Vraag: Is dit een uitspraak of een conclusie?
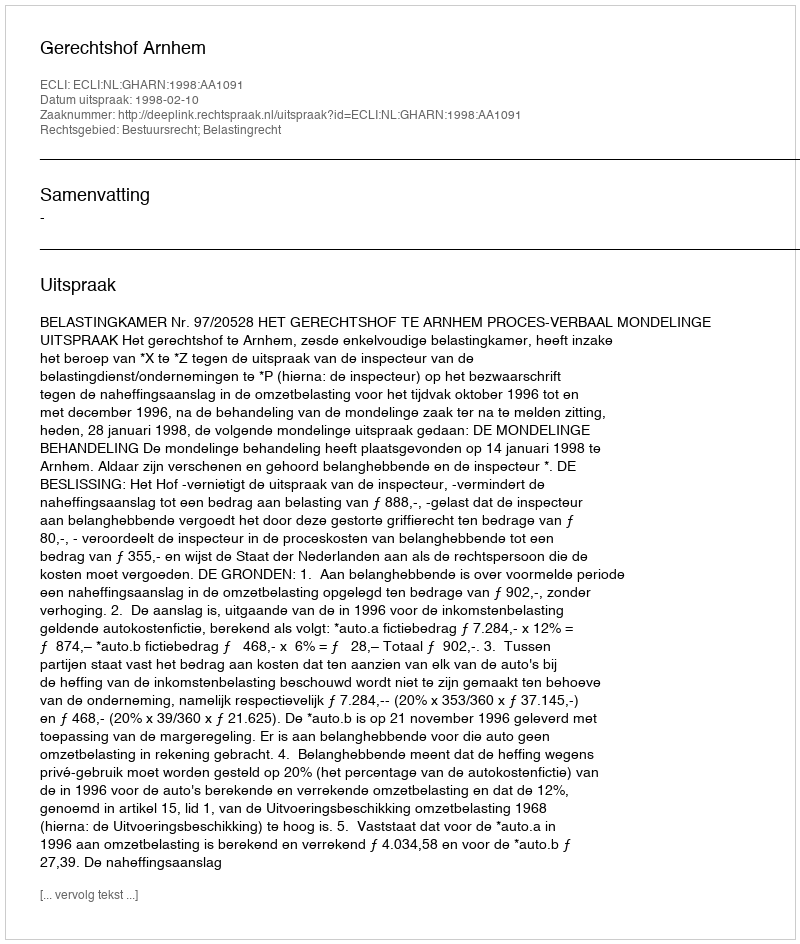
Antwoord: Uitspraak